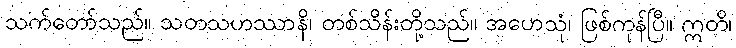
သက်တော်သည်။ သတသဟဿာနိ၊ တစ်သိန်းတို့သည်။ အဟေသုံ၊ ဖြစ်ကုန်ပြီ။ ဣတိ၊